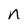
Character: n